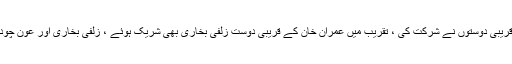
نکاح کی تقریب میں عمران خان کے قریبی دوستوں نے شرکت کی ، تقریب میں عمران خان کے قریبی دوست زلفی بخاری بھی شریک ہوئے ، زلفی بخاری اور عون چودھری نکاح کے گواہوں میں شامل ہیں۔